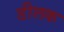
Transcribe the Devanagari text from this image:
डीलक